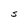
Character: S